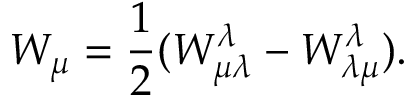
W _ { \mu } = \frac { 1 } { 2 } ( W _ { \mu \lambda } ^ { \lambda } - W _ { \lambda \mu } ^ { \lambda } ) .